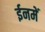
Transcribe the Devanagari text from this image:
ईनमें